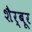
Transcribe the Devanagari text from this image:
शैर्बूर